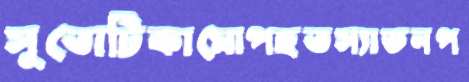
সুতোটিকামোপহতস্যাডনপ